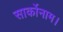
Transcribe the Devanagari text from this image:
सार्कोनाम।